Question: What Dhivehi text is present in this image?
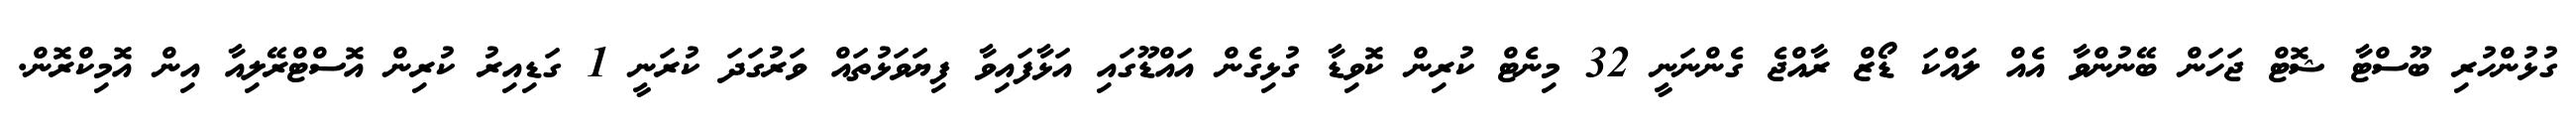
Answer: ގުޅުންހުރި ބޫސްޓާ ޝޮޓް ޖަހަން ބޭނުންވާ އެއް ލައްކަ ޑޯޒް ރާއްޖެ ގެންނަނީ 32 މިނެޓް ކުރިން ކޮވިޑާ ގުޅިގެން އައްޑޫގައި އަޅާފައިވާ ފިޔަވަޅުތައް ވަރުގަދަ ކުރަނީ 1 ގަޑިއިރު ކުރިން އޮސްޓްރޭލިއާ އިން އޮމިކްރޮން.